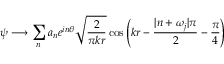
\psi \longrightarrow \sum _ { n } a _ { n } e ^ { i n \theta } \sqrt { \frac { 2 } { \pi k r } } \cos \left( k r - \frac { | n + \omega _ { j } | \pi } { 2 } - \frac { \pi } { 4 } \right)